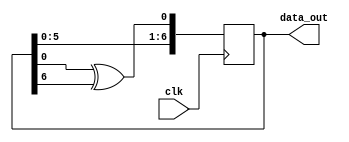
//polynomial 1 + X + X^7

module LFSR_7(data_out, clk);


	input clk;
	output [7:1] data_out;

	reg [7:1] sreg;

	initial sreg = 7'b1;

	always @ (posedge clk)
	begin
		sreg <= {sreg[6:1], sreg[1] ^ sreg[7]};
	end
			
	assign data_out = sreg;
	
endmodule